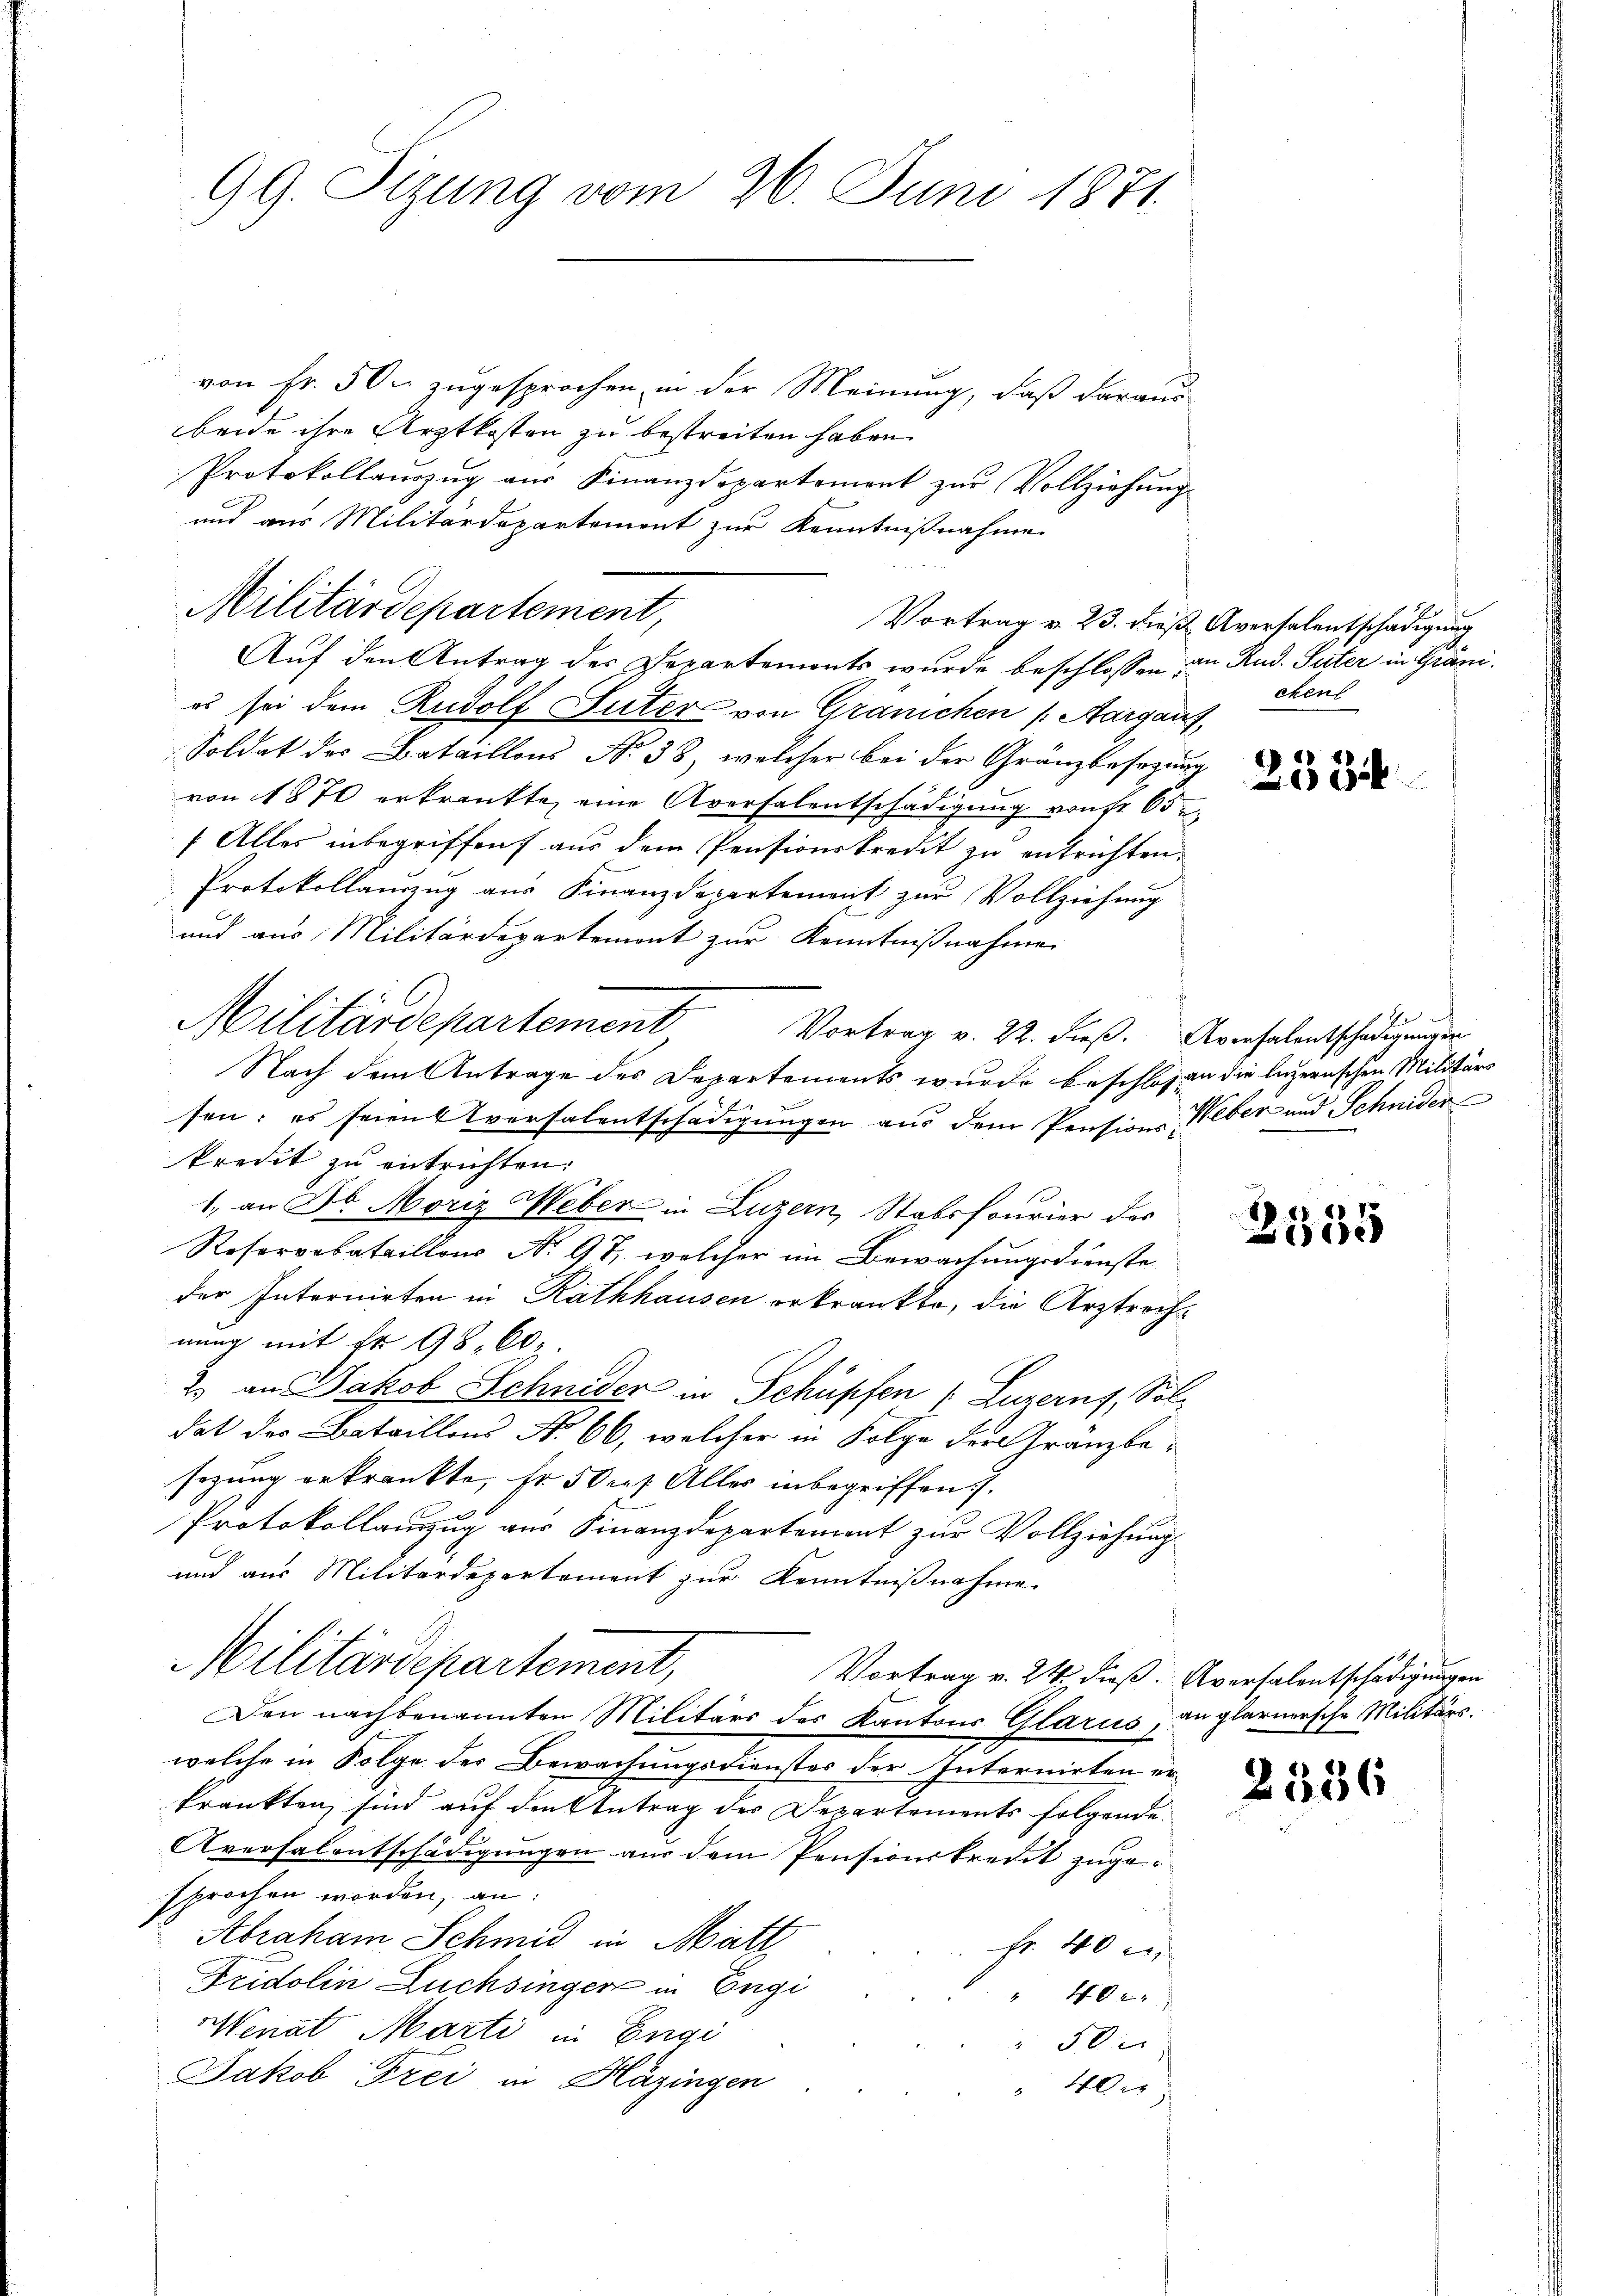
99. Sizung vom 26. Juni 1871.

von Fr. 500 zugesprochen, in der Meinung, daß daraus
beide ihre Arztkosten zu bestreiten haben.
Protokollanzŭg aŭs Finanzdepartement zŭr Vollziehŭng
es sei dem Rudolf Suter von Gränichen (Aargau,
Soldat des Bataillons No 38, welcher bei der Gränzbesagung
von 1870 erkrankte, eine Aversalentschädigung von fr. 65
/ Alles inbegriffen, aus dem Pensionskredit zu entrichten.
Protokollauszug aus Finanzdepartement zur Vollziehung
und aus Militärdepartemont zur Kenntnißnahme
Vortrag v. 22. dieß. Aversalentschädigungen
Nach dem Antrage des Departements wurde beschlosen die luzernischen Militärs
sen: es seien versalentschädigungen aus dem Pension Weber und Schnider
kredit zu entrichten:
1. an Dr. Moriz Weber in Luzern, Stabsfourier der
Reservabataillons No. 97, welcher im Bewachungsdienste
der Internirten in Rathhausen erkrankte, die Arztrechnung mit fr. 98. 602.
2) an Jakob Schnider in Schüpfen (Luzerns, Soldat des Bataillons No 66, welcher in Folge der Gränzbe-
sezung erkränkte, fr 50 rp. Alles inbegriffen.
Protokollauszug aus Finanzdepartement zur Vollziehung
und aus Militärdepartement zur Kenntnißnahme
Militärdepartement,
Vortrag v. 24. dieß. Aversalentschädigungen
Den nachbenannten Militärs des Kantons Glarus, an glarnersche Militärs.
welche in Folge des Bewachungsdienstes der Internirten er-
krankten sind auf den Antrag des Departements folgende.
Aversalentschädigungen aus dem Pensionskredit zugesprochen worden, an:
Abraham Schmid in Matt
Fr. 40 x
Fridolin Züchsingen in Engi
40 x
Wenat Marti in Engi
50
Jakob Frei in Häzingen
40er

Militärdepartement,

Militärdepartement

und aus Militärdepartement zur Kenntnißnahme
Vortrag v. 23. dieß Aversalentschädigung
Auf den Antrag des Departements wurde beschlossen:

an Rud. Peter in Gräni.
chen

2534

1

2555

2536